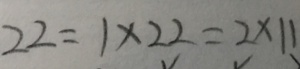
2 2 = 1 \times 2 2 = 2 \times 1 1